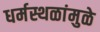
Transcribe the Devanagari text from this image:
धर्मस्थळांमुळे